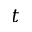
t